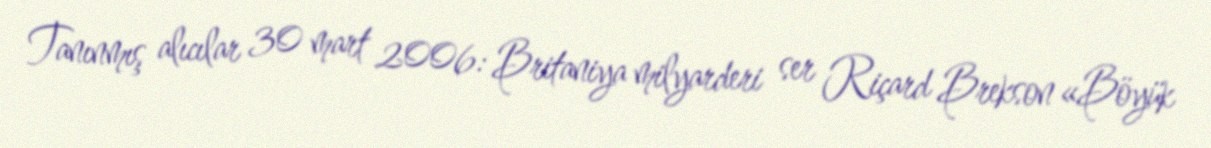
Tanınmış alıcılar 30 mart 2006: Britaniya milyarderi ser Riçard Brekson «Böyük